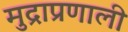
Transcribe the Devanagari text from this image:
मुद्राप्रणाली